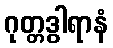
ဂုတ္တဒွါရာနံ